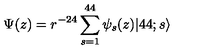
\Psi ( z ) = r ^ { - 2 4 } \sum _ { s = 1 } ^ { 4 4 } \psi _ { s } ( z ) | 4 4 ; s \rangle